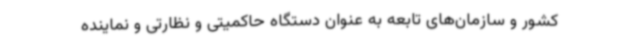
کشور و سازمان‌های تابعه به عنوان دستگاه حاکمیتی و نظارتی و نماینده